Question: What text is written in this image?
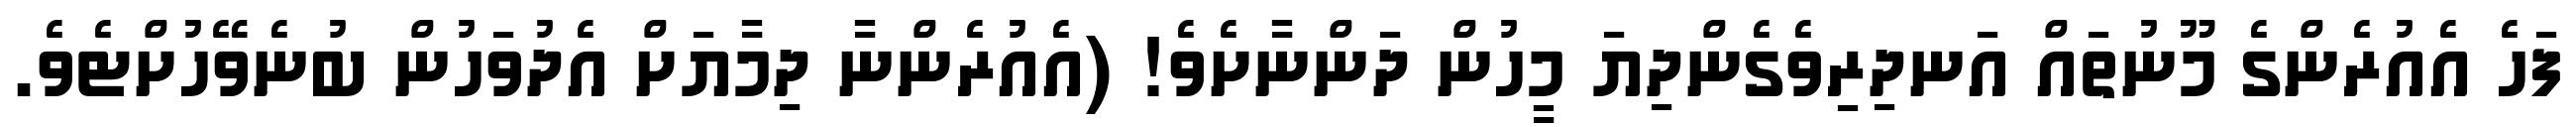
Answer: ފަހެ އެއުރެންގެ މޫނުތައް އަނދިރިވެގެންދިޔަ މީހުން ދަންނާށެވެ! (އެއުރެންނާ ދިމާޔަށް އެދުވަހުން ބުނެވޭހުށްޓެވެ.